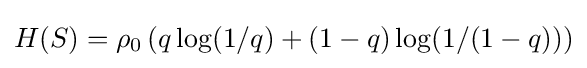
H(S)=\rho _{0}\left(q\log(1/q)+(1-q)\log(1/(1-q))\right)